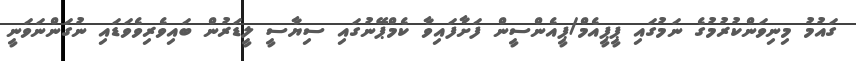
ގައުމު މިނިވަންކުރުމުގެ ނަމުގައި ޕީޕީއެމް/ޕީއެންސީން ފަށާފައިވާ ކެމްޕޭނުގައި ސިޔާސީ ލީޑަރުން ބައިވެރިވެވަޑައި ނުގަންނަވަނީ